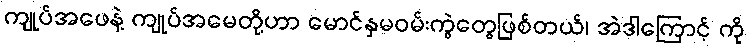
ကျုပ်အဖေနဲ့ ကျုပ်အမေတို့ဟာ မောင်နှမဝမ်းကွဲတွေဖြစ်တယ်၊ အဲဒါကြောင့် ကို